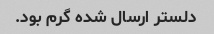
دلستر ارسال شده گرم بود.